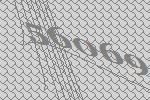
56069